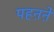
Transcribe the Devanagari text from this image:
पहऩऩे